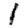
Digit: 1